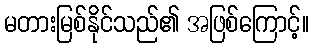
မတားမြစ်နိုင်သည်၏ အဖြစ်ကြောင့်။